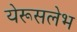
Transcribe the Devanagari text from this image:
येरूसलेभ